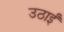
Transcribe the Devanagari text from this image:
उठाईं